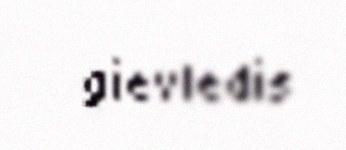
gievledis